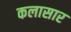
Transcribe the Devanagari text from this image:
कलासार